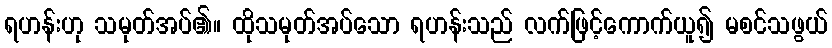
ရဟန်းဟု သမုတ်အပ်၏။ ထိုသမုတ်အပ်သော ရဟန်းသည် လက်ဖြင့်ကောက်ယူ၍ မစင်သဖွယ်